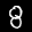
Label: 8